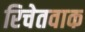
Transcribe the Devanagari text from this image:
रिचेतवाक